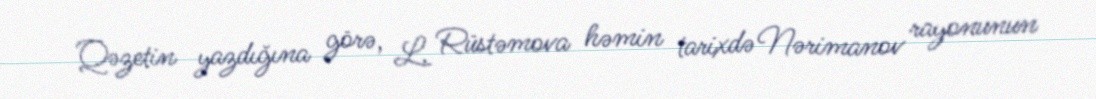
Qəzetin yazdığına görə, L. Rüstəmova həmin tarixdə Nərimanov rayonunun